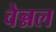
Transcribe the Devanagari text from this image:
वेन्नल